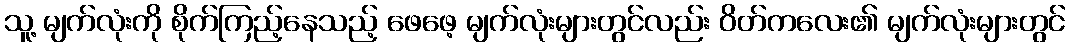
သူ့ မျက်လုံးကို စိုက်ကြည့်နေသည့် ဖေဖေ့ မျက်လုံးများတွင်လည်း ဝိတ်ကလေး၏ မျက်လုံးများတွင်